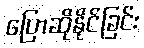
ပြောဆိုနိုင်ခြင်း